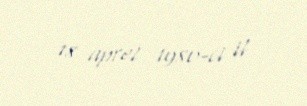
18 aprel 1980-ci il